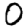
Digit: 0